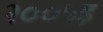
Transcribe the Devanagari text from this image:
२००५इ